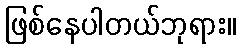
ဖြစ်နေပါတယ်ဘုရား။